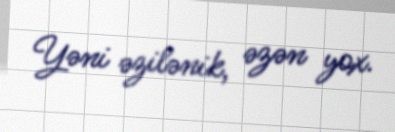
Yəni əzilənik, əzən yox.